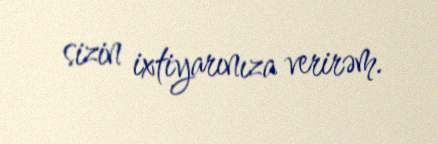
sizin ixtiyarınıza verirəm.